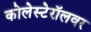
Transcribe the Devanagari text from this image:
कोलेस्टेरॉलवर